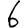
Digit: 6